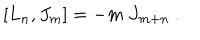
LaTeX: [ L _ { n } , J _ { m } ] = - m \ J _ { m + n } \ .